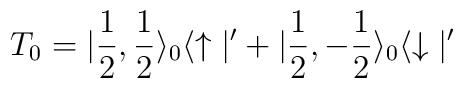
T_0 =   |\frac{1}{2}, \frac{1}{2} \rangle_0 \langle\uparrow |' +   |\frac{1}{2}, -\frac{1}{2} \rangle_0 \langle \downarrow |'